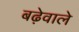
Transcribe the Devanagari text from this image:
बढ़ेवाले